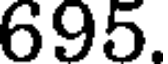
695.